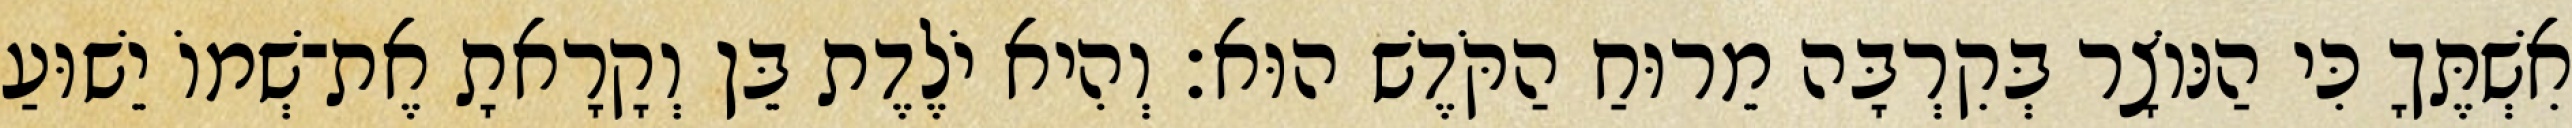
אִשְׁתֶּךָ כִּי הַנּוֹצָר בְּקִרְבָּה מֵרוּחַ הַקֹּדֶשׁ הוּא׃ וְהִיא יֹלֶדֶת בֵּן וְקָרָאתָ אֶת־שְׁמוֹ יֵשׁוּעַ